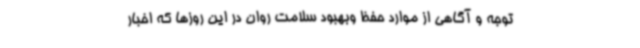
توجه و آگاهی از موارد حفظ وبهبود سلامت روان در این روزها که اخبار